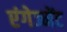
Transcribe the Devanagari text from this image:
एंगेज्मेंट